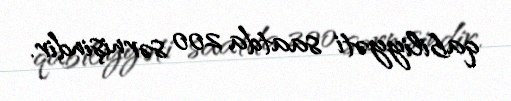
qabiliyyəti saatda 200 sərnişindir.